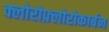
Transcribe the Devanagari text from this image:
क्लोरोफ़्लोरोकार्बन